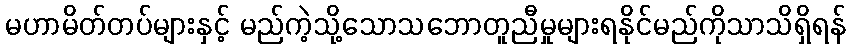
မဟာမိတ်တပ်များနှင့် မည်ကဲ့သို့သောသဘောတူညီမှုများရနိုင်မည်ကိုသာသိရှိရန်